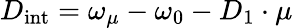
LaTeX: D_{\mathrm{int}}=\omega_{\mu}-\omega_{0}-D_{1}\cdot\mu